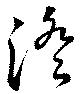
澄